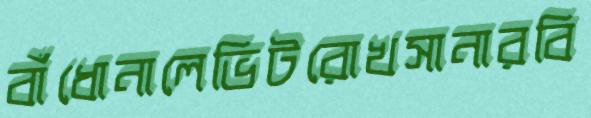
বাঁধোনালেভিটরোখসানারবি